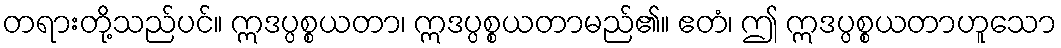
တရားတို့သည်ပင်။ ဣဒပ္ပစ္စယတာ၊ ဣဒပ္ပစ္စယတာမည်၏။ ဧတံ၊ ဤ ဣဒပ္ပစ္စယတာဟူသော